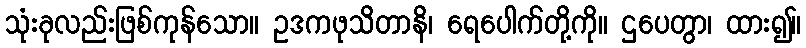
သုံးခုလည်းဖြစ်ကုန်သော။ ဥဒကဖုသိတာနိ၊ ရေပေါက်တို့ကို။ ဌပေတွာ၊ ထား၍။